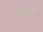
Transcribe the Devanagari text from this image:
पाईपद्वारे